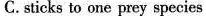
C.sticks to one prey species